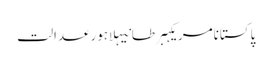
پاکستانامریکہبرطانیہلاہورعدالت